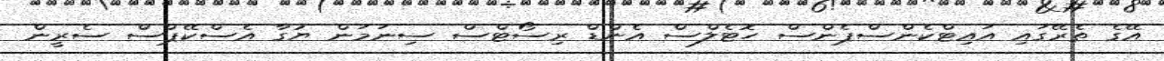
އޭގެ ތެރޭގައި އައިޓްކެންސްޕެންސް ހޮޓެލްސް އެންޑް ރިސޯޓްސް ސިނަމަން ޔުގާ އެސްކޭޕްސް ސެރީން